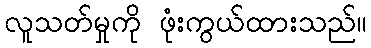
လူသတ်မှုကို ဖုံးကွယ်ထားသည်။